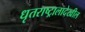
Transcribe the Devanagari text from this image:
धृतराष्ट्रालादेखील